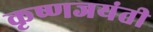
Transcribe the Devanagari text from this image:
कृष्णजयंती